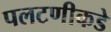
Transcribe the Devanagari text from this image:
पलटणीकडे